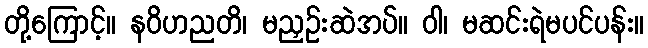
တို့ကြောင့်။ နဝိဟညတိ၊ မညှဉ်းဆဲအပ်။ ဝါ၊ မဆင်းရဲမပင်ပန်း။